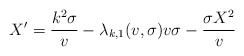
\begin{align*}X' = \frac{k^2 \sigma}{v} - \lambda_{k,1}(v,\sigma) v \sigma - \frac {\sigma X^2}{v}\end{align*}